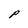
Character: P